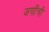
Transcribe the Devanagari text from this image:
जणींची